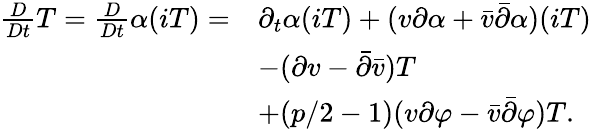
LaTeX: \begin{array}{rl}{\frac{D}{Dt}T=\frac{D}{Dt}\alpha(iT)=}&{\partial_{t}\alpha(iT)+(v\partial\alpha+\bar{v}\bar{\partial}\alpha)(iT)}\\ &{-(\partial v-\bar{\partial}\bar{v})T}\\ &{+(p/2-1)(v\partial\varphi-\bar{v}\bar{\partial}\varphi)T.}\end{array}